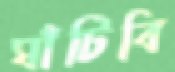
ঘাঁটিবি